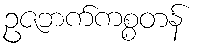
ဥဇဘက်ကစ္စတန်